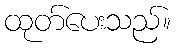
ထုတ်ပေးသည်။